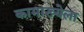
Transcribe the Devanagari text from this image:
कामाख्येला